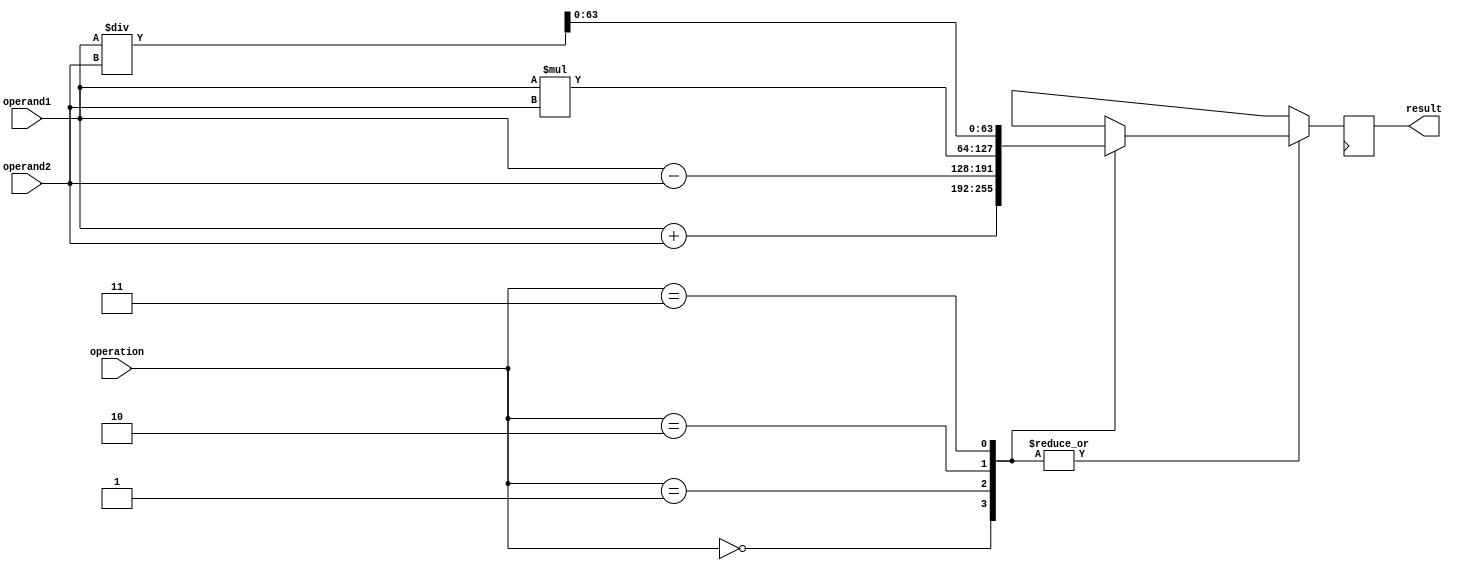
module double_precision_float_unit(
    input wire [63:0] operand1,
    input wire [63:0] operand2,
    input wire [1:0] operation, // 0: addition, 1: subtraction, 2: multiplication, 3: division
    output reg [63:0] result
);

reg [127:0] intermediate_value;

always @(*) begin
    case(operation)
        2'b00: intermediate_value = operand1 + operand2; // addition
        2'b01: intermediate_value = operand1 - operand2; // subtraction
        2'b10: intermediate_value = operand1 * operand2; // multiplication
        2'b11: intermediate_value = operand1 / operand2; // division
    endcase
end

always @(posedge clk) begin
    case(operation)
        2'b00, 2'b01, 2'b10: result <= intermediate_value[63:0]; // for addition, subtraction, multiplication
        2'b11: result <= intermediate_value[63:0]; // for division
    endcase
end

endmodule